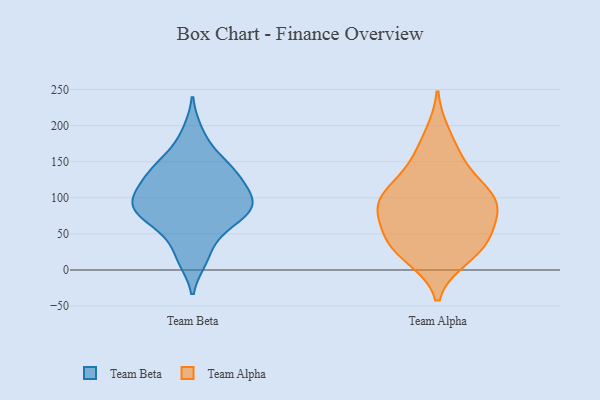
{"axis": {"x": "Energy Usage (MWh)", "y": "Value"}, "legend": ["Team Alpha", "Team Beta"], "data": [{"x": "", "y": 56, "type": "Team Beta"}, {"x": "", "y": 126, "type": "Team Beta"}, {"x": "", "y": 163, "type": "Team Beta"}, {"x": "", "y": 87, "type": "Team Beta"}, {"x": "", "y": 192, "type": "Team Beta"}, {"x": "", "y": 56, "type": "Team Beta"}, {"x": "", "y": 90, "type": "Team Beta"}, {"x": "", "y": 140, "type": "Team Beta"}, {"x": "", "y": 19, "type": "Team Beta"}, {"x": "", "y": 104, "type": "Team Beta"}, {"x": "", "y": 125, "type": "Team Beta"}, {"x": "", "y": 82, "type": "Team Beta"}, {"x": "", "y": 86, "type": "Team Beta"}, {"x": "", "y": 88, "type": "Team Beta"}, {"x": "", "y": 14, "type": "Team Beta"}, {"x": "", "y": 113, "type": "Team Beta"}, {"x": "", "y": 95, "type": "Team Beta"}, {"x": "", "y": 147, "type": "Team Beta"}, {"x": "", "y": 70, "type": "Team Beta"}, {"x": "", "y": 136, "type": "Team Beta"}, {"x": "", "y": 99, "type": "Team Alpha"}, {"x": "", "y": 92, "type": "Team Alpha"}, {"x": "", "y": 116, "type": "Team Alpha"}, {"x": "", "y": 44, "type": "Team Alpha"}, {"x": "", "y": 41, "type": "Team Alpha"}, {"x": "", "y": 36, "type": "Team Alpha"}, {"x": "", "y": 17, "type": "Team Alpha"}, {"x": "", "y": 75, "type": "Team Alpha"}, {"x": "", "y": 106, "type": "Team Alpha"}, {"x": "", "y": 103, "type": "Team Alpha"}, {"x": "", "y": 81, "type": "Team Alpha"}, {"x": "", "y": 45, "type": "Team Alpha"}, {"x": "", "y": 150, "type": "Team Alpha"}, {"x": "", "y": 81, "type": "Team Alpha"}, {"x": "", "y": 152, "type": "Team Alpha"}, {"x": "", "y": 16, "type": "Team Alpha"}, {"x": "", "y": 189, "type": "Team Alpha"}]}